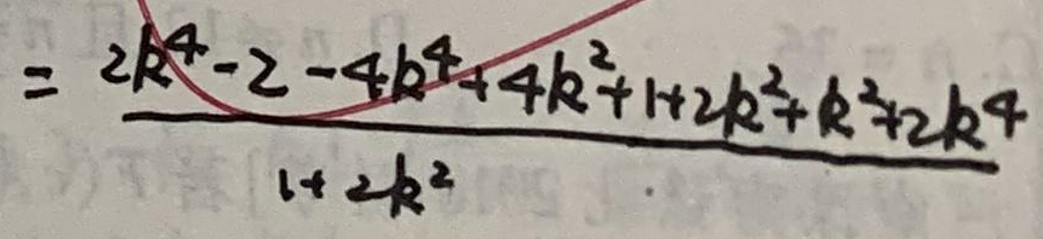
\[
\frac{2k^4 - 2 - 4k^4 + 4k^2 + 1 + 2k^2 + k^2 + 2k^4}{1 + 2k^2}
\]